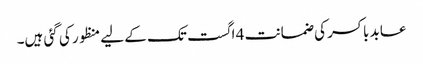
عابد باکسر کی ضمانت 4 اگست تک کے لیے منظور کی گئی ہیں۔